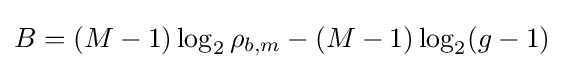
B=(M-1)\log _{2}\rho _{b,m}-(M-1)\log _{2}(g-1)